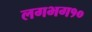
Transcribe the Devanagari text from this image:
लगभग१०